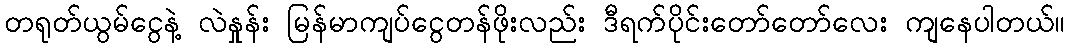
တရုတ်ယွမ်ငွေနဲ့ လဲနှုန်း မြန်မာကျပ်ငွေတန်ဖိုးလည်း ဒီရက်ပိုင်းတော်တော်လေး ကျနေပါတယ်။